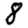
Digit: 8